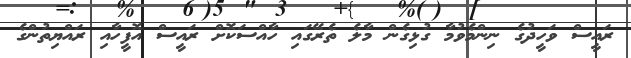
ރައީސް ވަހީދުގެ ނިންމެވުމާ ގުޅިގެން މާލެ ތެރޭގައި ހާއްސަކޮށް ރައީސް އޮފީހާއި ރައްޔިތުންގެ